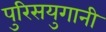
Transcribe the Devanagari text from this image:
पुरिसयुगानी